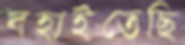
বহাইতেছি